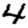
Digit: 4